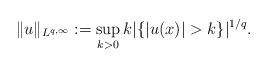
LaTeX: \begin{align*}\|u\|_{L^{q, \infty}}:=\sup_{k>0}k|\{|u(x)|>k\}|^{1/q}.\end{align*}